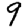
Digit: 9